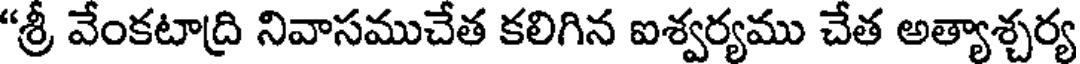
"శ్రీ వేంకటాద్రి నివాసముచేత కలిగిన ఐశ్వర్యము చేత అత్యాశ్చర్య